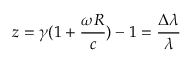
z = \gamma ( 1 + \frac { \omega R } { c } ) - 1 = \frac { \Delta \lambda } { \lambda }